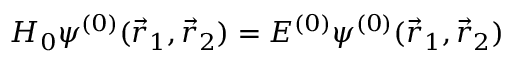
H _ { 0 } \psi ^ { ( 0 ) } ( { \vec { r } } _ { 1 } , { \vec { r } } _ { 2 } ) = E ^ { ( 0 ) } \psi ^ { ( 0 ) } ( { \vec { r } } _ { 1 } , { \vec { r } } _ { 2 } )